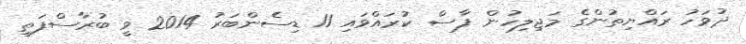
ދުވަހު ރައްޔިތުންގެ މަޖިލިހުން ފާސް ކުރައްވައި 11 ޑިސެންބަރު 2014 ވީ ބުރާސްފަތި